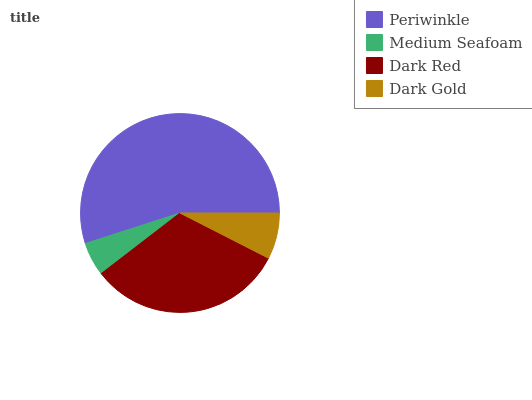
| Periwinkle | Medium Seafoam | Dark Red | Dark Gold |
 | --- | --- | --- | --- |
 | 55% | 5.48% | 32% | 7.52% |